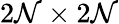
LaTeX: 2\mathcal{N}\times2\mathcal{N}